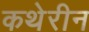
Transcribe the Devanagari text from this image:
कथेरीन